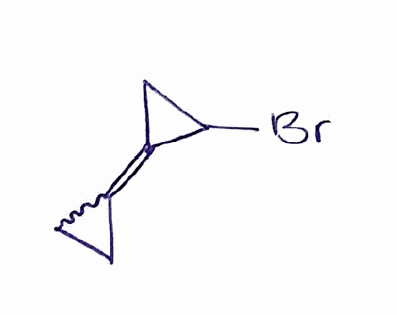
Simplified molecular-input line-entry system (SMILES) notation of the given molecule:
C1CC1=C2CC2Br